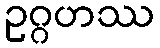
ဥဂ္ဂဟဿ